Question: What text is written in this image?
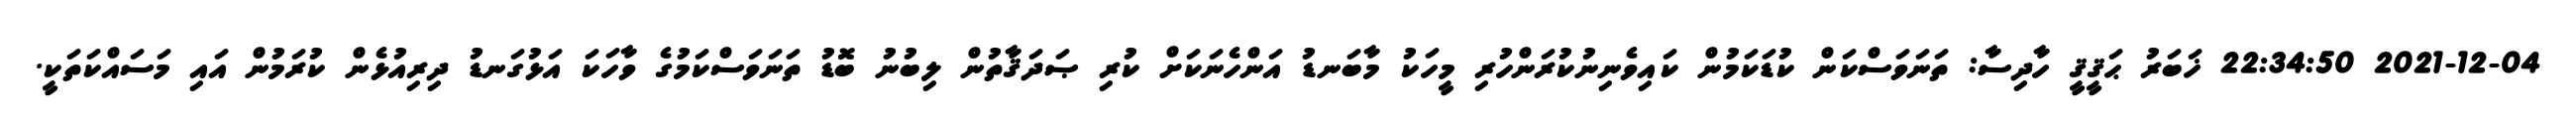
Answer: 2021-12-04 22:34:50 ޚަބަރު ޙަޤީޤީ ހާދިސާ: ތަނަވަސްކަން ކުޑަކަމުން ކައިވެނިނުކުރަންހުރި މީހަކު މާބަނޑު އަންހެނަކަށް ކުރި ޞަދަޤާތުން ލިބުނު ބޮޑު ތަނަވަސްކަމުގެ ވާހަކަ އަޅުގަނޑު ދިރިއުޅެން ކުރަމުން އައި މަސައްކަތަކީ.